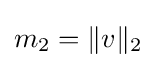
m_{2}=\|v\|_{2}